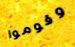
وقوموا